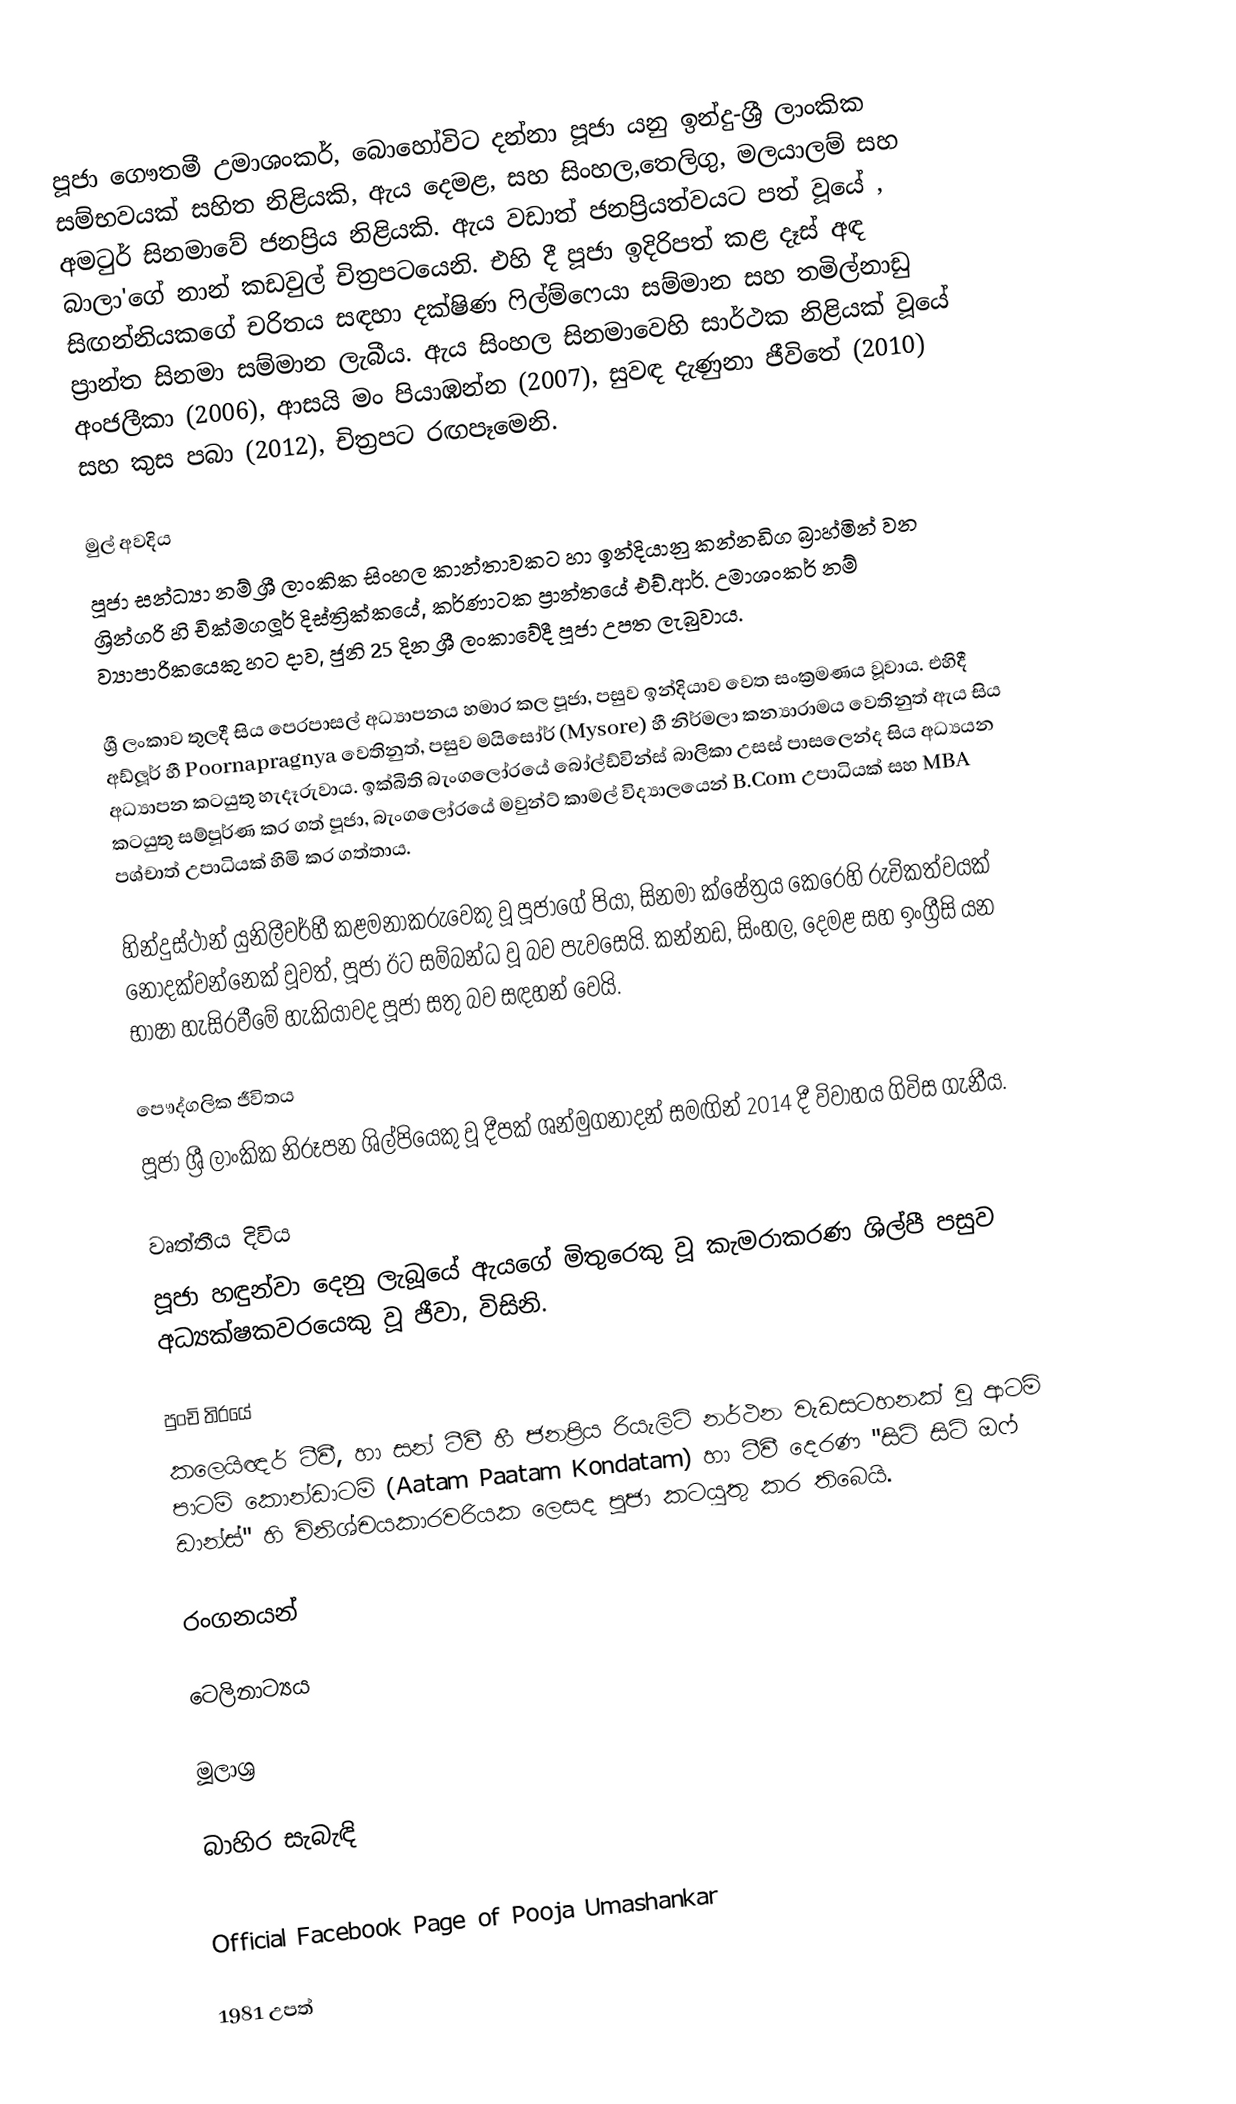
පූජා ගෞතමී උමාශංකර්, බොහෝවිට දන්නා පූජා යනු ඉන්දු-ශ්‍රී ලාංකික සම්භවයක් සහිත නිළියකි, ඇය දෙමළ, සහ සිංහල,තෙලිගු, මලයාලම් සහ අමටුර් සිනමාවේ ජනප්‍රිය නිළියකි. ඇය වඩාත් ජනප්‍රියත්වයට පත් වූයේ , බාලා'ගේ නාන් කඩවුල් චිත්‍රපටයෙනි. එහි දී  පූජා ඉදිරිපත් කළ දෑස් අඳ සිඟන්නියකගේ චරිතය සඳහා දක්ෂිණ ෆිල්ම්ෆෙයා සම්මාන සහ තමිල්නාඩු ප්‍රාන්ත සිනමා සම්මාන ලැබීය. ඇය සිංහල සිනමාවෙහි සාර්ථක නිළියක් වූයේ අංජලීකා (2006), ආසයි මං පියාඹන්න (2007), සුවඳ දැණුනා ජීවිතේ (2010) සහ කුස පබා (2012), චිත්‍රපට රඟපෑමෙනි.

මුල් අවදිය
පූජා සන්ධ්‍යා නම් ශ්‍රී ලාංකික සිංහල කාන්තාවකට හා ඉන්දියානු කන්නඩිග බ්‍රාහ්මින් වන ශ්‍රින්ගරි හි චික්මගලූර් දිස්ත්‍රික්කයේ, කර්ණාටක ප්‍රාන්තයේ එච්.ආර්. උමාශංකර් නම් ව්‍යාපාරිකයෙකු හට දාව, ජුනි 25 දින ශ්‍රී ලංකාවේදී පූජා උපත ලැබුවාය.

ශ්‍රී ලංකාව තුලදී සිය පෙරපාසල් අධ්‍යාපනය හමාර කල පූජා, පසුව ඉන්දියාව වෙත සංක්‍රමණය වූවාය. එහිදී අඩ්ලූර් හී Poornapragnya වෙතිනුත්, පසුව මයිසෝර් (Mysore) හී නිර්මලා කන්‍යාරාමය වෙතිනුත් ඇය සිය අධ්‍යාපන කටයුතු හැදෑරුවාය. ඉක්බිති බැංගලෝරයේ බෝල්ඩ්වින්ස් බාලිකා උසස් පාසලෙන්ද සිය අධ්‍යයන කටයුතු සම්පූර්ණ කර ගත් පූජා, බැංගලෝරයේ මවුන්ට් කාමල් විද්‍යාලයෙන් B.Com උපාධියක් සහ MBA පශ්චාත් උපාධියක් හිමි කර ගත්තාය.

හින්දුස්ථාන් යුනිලීවර්හී කළමනාකරුවෙකු වූ පූජාගේ පියා, සිනමා ක්ෂේත්‍රය කෙරෙහි රුචිකත්වයක් නොදක්වන්නෙක් වූවත්, පූජා ඊට සම්බන්ධ වූ බව පැවසෙයි. කන්නඩ, සිංහල, දෙමළ සහ ඉංග්‍රීසි යන භාෂා හැසිරවීමේ හැකියාවද පූජා සතු බව සඳහන් වෙයි.

පෞද්ගලික ජීවිතය
පූජා ශ්‍රී ලාංකික නිරූපන ශිල්පියෙකු වූ දීපක් ශන්මුගනාදන් සමඟින් 2014 දී විවාහය ගිවිස ගැනීය.

වෘත්තීය දිවිය
පූජා හඳුන්වා දෙනු ලැබූයේ ඇයගේ මිතුරෙකු වූ කැමරාකරණ ශිල්පී පසුව අධ්‍යක්ෂකවරයෙකු වූ ජීවා, විසිනි.

පුංචි තිරයේ
කලෙයිඥර් ටීවී, හා සන් ටීවී හී ජනප්‍රිය රියැලිටි නර්ථන වැඩසටහනක් වූ ආටම් පාටම් කොන්ඩාටම් (Aatam Paatam Kondatam) හා ටීවී දෙරණ "සිටි සිටි ඔෆ් ඩාන්ස්" හි විනිශ්චයකාරවරියක ලෙසද පූජා කටයුතු කර තිබෙයි.

රංගනයන්

ටෙලිනාට්‍යය

මූලාශ්‍ර

බාහිර සැබැඳි

 Official Facebook Page of Pooja Umashankar

1981 උපත්